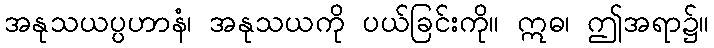
အနုသယပ္ပဟာနံ၊ အနုသယကို ပယ်ခြင်းကို။ ဣဓ၊ ဤအရာ၌။